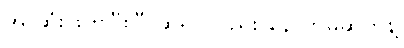
အဲ ဆုံးဖြတ်ပြီးပြီ ဆိုရင်လည်း နောက်မဆုတ်နဲ့